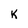
Character: K